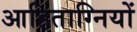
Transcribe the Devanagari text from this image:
आहिताग्नियों